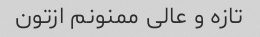
تازه و عالی ممنونم ازتون